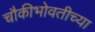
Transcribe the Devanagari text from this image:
चौकीभोवतीच्या